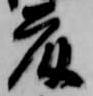
藤